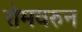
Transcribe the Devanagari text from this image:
रोमवरुन